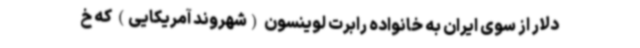
دلار از سوی ایران به خانواده رابرت لوینسون (شهروند آمریکایی) که خ